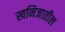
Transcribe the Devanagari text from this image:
खनिजातील